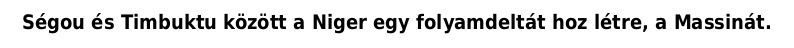
Ségou és Timbuktu között a Niger egy folyamdeltát hoz létre, a Massinát.